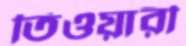
তিওয়ারী